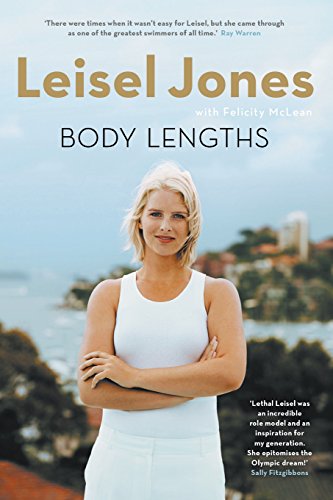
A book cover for Body Lengths; Leisel Jones; Sports & Outdoors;